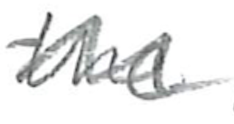
Text: the
Cross-out: wave
Writing tool: pencil